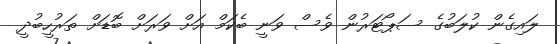
ލައިގެން ކުލަބުގެ ސަޕޯޓަރުން ވެސް ވަނީ ބެކަމް އަށް ވަރަށް ބޮޑަށް ތަރުހީބުދީ